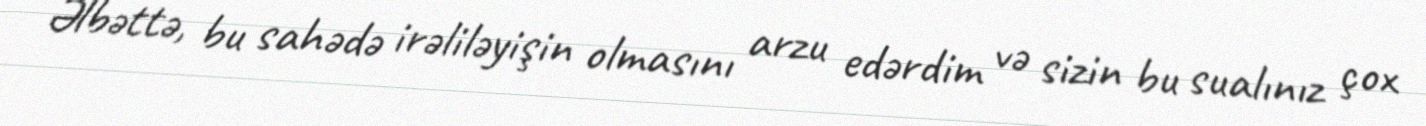
Əlbəttə, bu sahədə irəliləyişin olmasını arzu edərdim və sizin bu sualınız çox